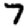
Digit: 7